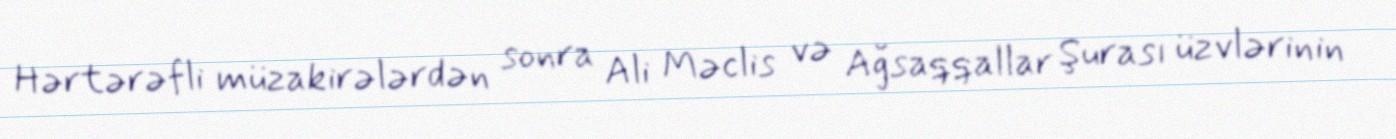
Hərtərəfli müzakirələrdən sonra Ali Məclis və Ağsaqqallar Şurası üzvlərinin